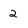
Character: 2